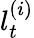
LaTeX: l_{t}^{(i)}